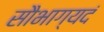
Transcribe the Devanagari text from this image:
सौभाग्यदं